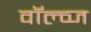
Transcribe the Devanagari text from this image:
वॉल्व्ज